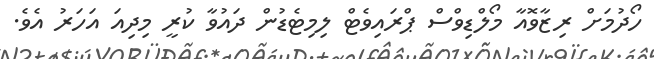
ހޯދުމަށް ރިޒާވޮއާ މޯލްޑިވްސް ޕްރައިވެޓް ލިމިޓެޑުން ދައުވާ ކުރީ މިދިއަ އަހަރު އެވެ.